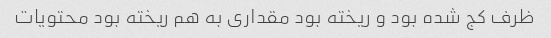
ظرف کج شده بود و ریخته بود مقداری به هم ریخته بود محتویات